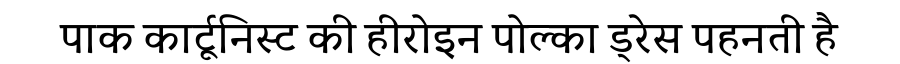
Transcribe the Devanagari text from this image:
पाक कार्टूनिस्ट की हीरोइन पोल्का ड्रेस पहनती है